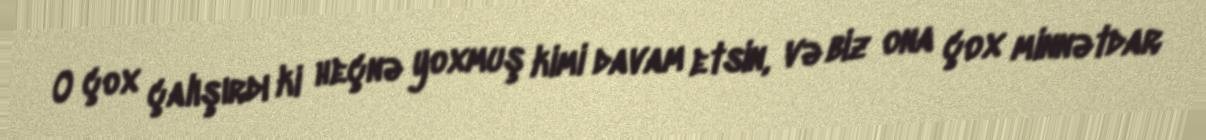
O çox çalışırdı ki heçnə yoxmuş kimi davam etsin, və biz ona çox minnətdar